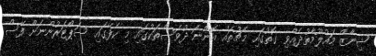
ޝިނާޒް މައުލޫމާތުދެއްވި ގޮތުގައި މެޗުތައް އޮންނަ ދުވަސްތަކުގައި މި ކެފޭގައި ސަޕޯޓަރުންނަށް ފޭސް